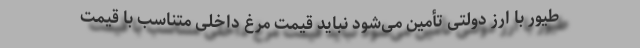
طیور با ارز دولتی تأمین می‌شود نباید قیمت مرغ داخلی متناسب با قیمت